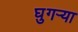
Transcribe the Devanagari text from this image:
घुगऱ्या